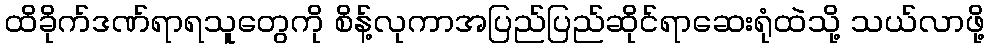
ထိခိုက်ဒဏ်ရာရသူတွေကို စိန့်လုကာအပြည်ပြည်ဆိုင်ရာဆေးရုံထဲသို့ သယ်လာဖို့